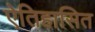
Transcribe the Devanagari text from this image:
ऐतिहासित